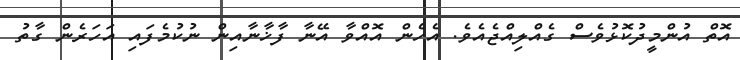
އޮތް އުންމީދުކޮޅުވެސް ގެއްލިއްޖެއެވެ. އެހެން އޮއްވާ އޭނާ ފާޚާނާއިން ނުކުމެފައި އަހަރެން ގާތު